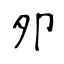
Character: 夘